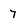
Character: 7